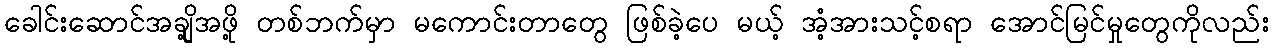
ခေါင်းဆောင်အချို့အဖို့ တစ်ဘက်မှာ မကောင်းတာတွေ ဖြစ်ခဲ့ပေ မယ့် အံ့အားသင့်စရာ အောင်မြင်မှုတွေကိုလည်း